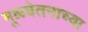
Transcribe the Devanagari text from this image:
मूळवेतनाच्या